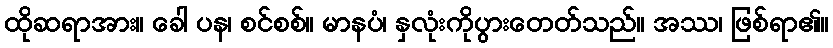
ထိုဆရာအား။ ခေါ ပန၊ စင်စစ်။ မာနပံ၊ နှလုံးကိုပွားတေတ်သည်။ အဿ၊ ဖြစ်ရာ၏။